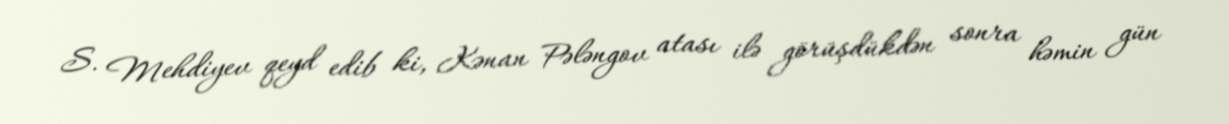
S. Mehdiyev qeyd edib ki, Kənan Pələngov atası ilə görüşdükdən sonra həmin gün